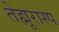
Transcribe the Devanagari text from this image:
तेह्मूरास्प